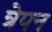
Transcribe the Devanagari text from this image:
त्रेपन